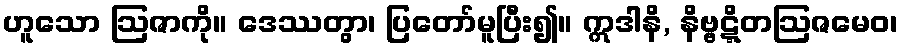
ဟူသော ဩဇာကို။ ဒေဿတွာ၊ ပြတော်မူပြီး၍။ ဣဒါနိ, နိဗ္ဗဋ္ဋိတဩဇမေဝ၊